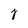
Character: z